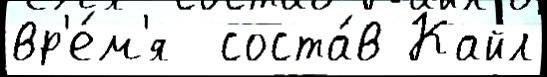
вр'е́м'я  соста́в Кайл